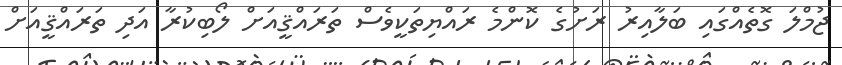
ޖުމްލަ ގޮތެއްގައި ބަލާއިރު ރަށުގެ ކޮންމެ ރައްޔިތަކީވެސް ތަރައްޤީއަށް ލޯބިކުރާ އަދި ތަރައްޤީއަށް